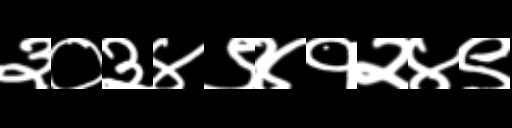
Text: ३०३४९४१२४९